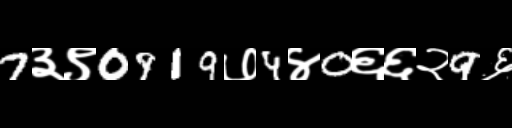
Text: 7३९0919७4४0६६२9६